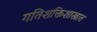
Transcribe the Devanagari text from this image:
गतिशक्तिशास्त्रात